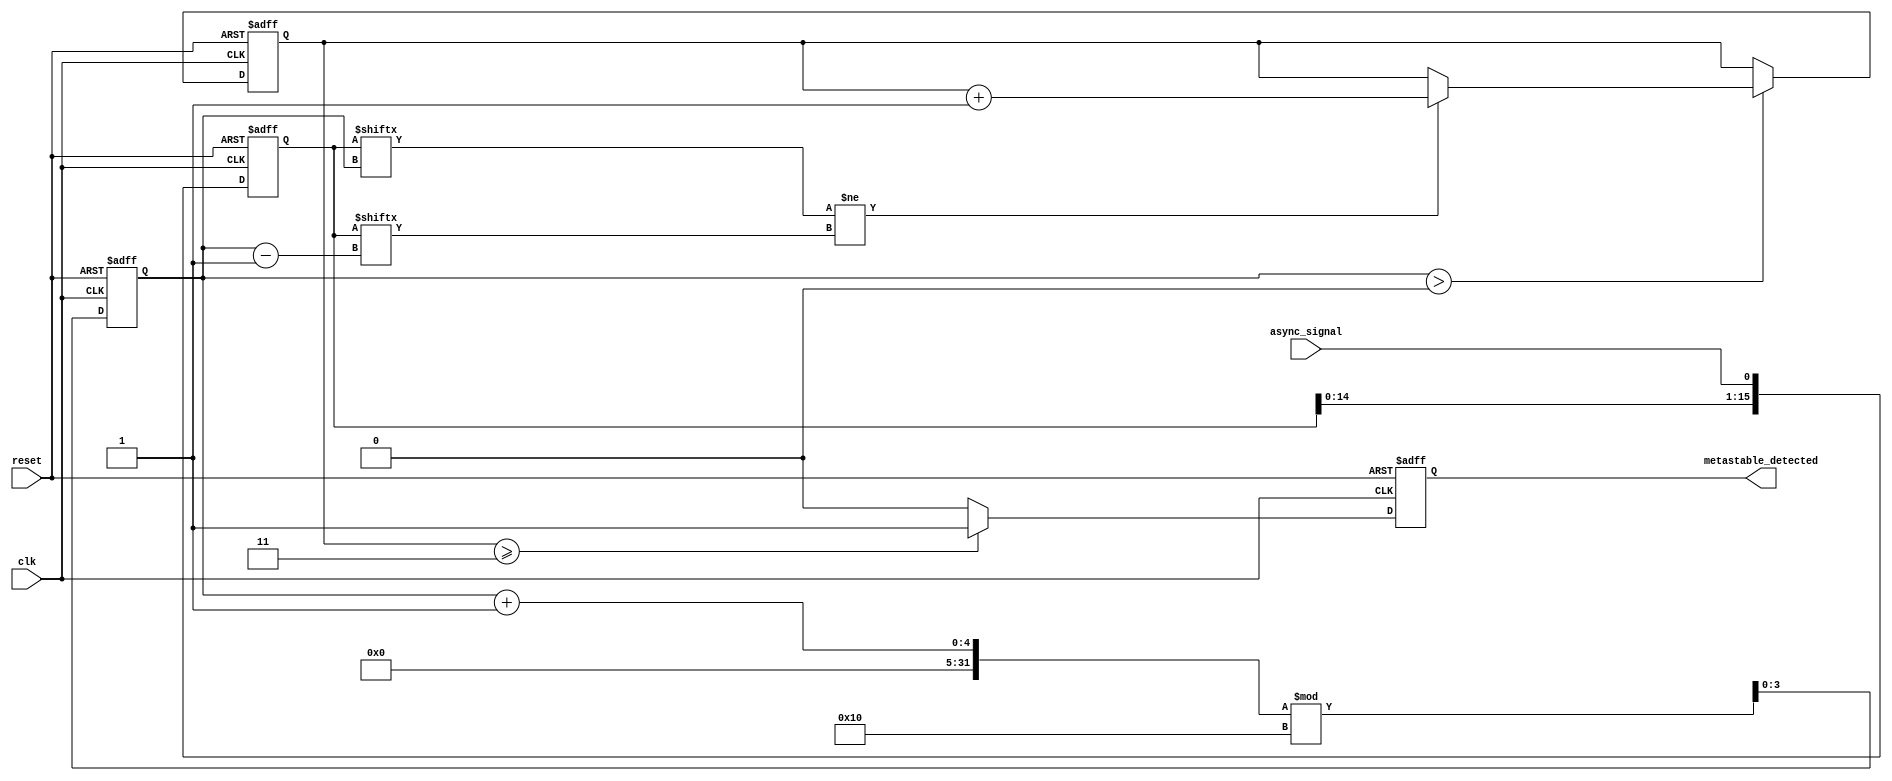
module metastability_detector #(
    parameter NUM_SAMPLES = 16,  // Number of samples to store
    parameter THRESHOLD = 3       // Threshold for metastability detection
)(
    input wire clk,               // System clock
    input wire reset,             // Reset signal
    input wire async_signal,      // Asynchronous input signal
    output reg metastable_detected // Output signal indicating metastability
);

    // Memory block to store samples
    reg [NUM_SAMPLES-1:0] samples; // Shift register to store samples
    reg [3:0] transition_count;     // Counter for transitions
    reg [3:0] sample_index;         // Index for storing samples

    // Sampling mechanism
    always @(posedge clk or posedge reset) begin
        if (reset) begin
            samples <= 0;
            transition_count <= 0;
            sample_index <= 0;
            metastable_detected <= 0;
        end else begin
            // Store the current sample
            samples <= {samples[NUM_SAMPLES-2:0], async_signal};
            sample_index <= (sample_index + 1) % NUM_SAMPLES;

            // Count transitions
            if (sample_index > 0) begin
                if (samples[sample_index] != samples[sample_index - 1]) begin
                    transition_count <= transition_count + 1;
                end
            end

            // Reset transition count if it exceeds the threshold
            if (transition_count >= THRESHOLD) begin
                metastable_detected <= 1; // Indicate metastability detected
            end else begin
                metastable_detected <= 0; // Clear metastability indication
            end
        end
    end

endmodule